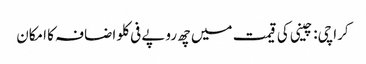
کراچی: چینی کی قیمت میں چھ روپے فی کلو اضافہ کا امکان